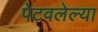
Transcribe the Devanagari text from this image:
पेटवलेल्या